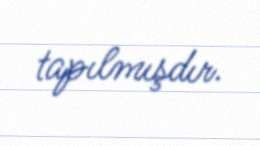
tapılmışdır.